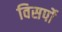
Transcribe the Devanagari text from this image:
विसर्पो